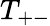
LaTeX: T_{+-}